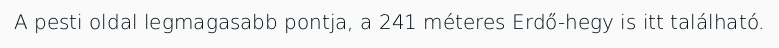
A pesti oldal legmagasabb pontja, a 241 méteres Erdő-hegy is itt található.